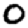
Digit: 0